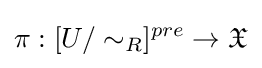
\pi :[U/\sim _{R}]^{pre}\to {\mathfrak {X}}